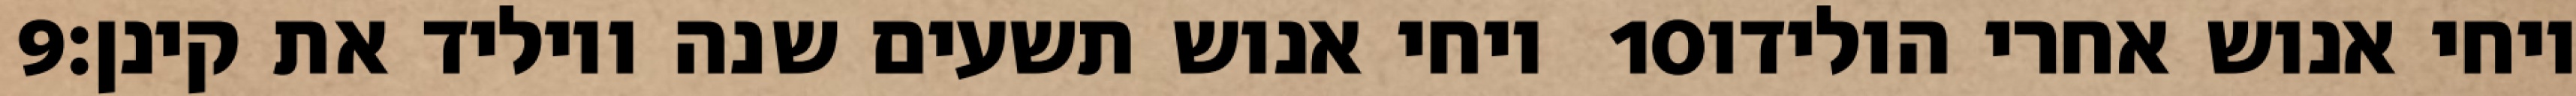
‎9‏ ויחי אנוש תשעים שנה ויוליד את קינן׃ ‎10‏ ויחי אנוש אחרי הולידו